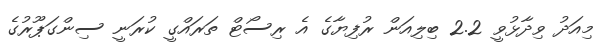
މިއަދު ވިދާޅުވީ 2.2 ބިލިއަން ރުފިޔާގެ އެ ރިސޯޓް ތަރައްގީ ކުރަނީ ސިންގަޕޫރުގެ